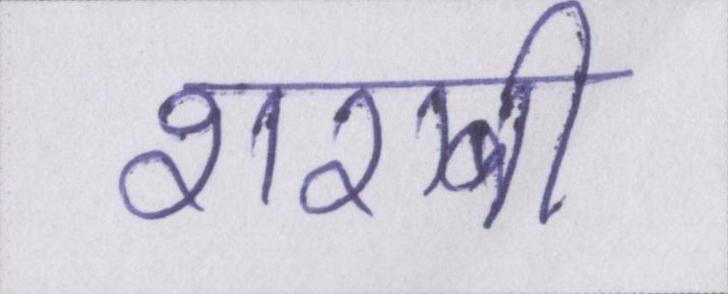
शराबी